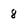
Character: 8